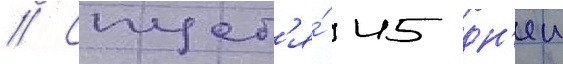
// Спуст'я́ 45 дн'еи